65_HS1-834228961_62-HQ-83894_Section_7
Agency: FBI
Page 96
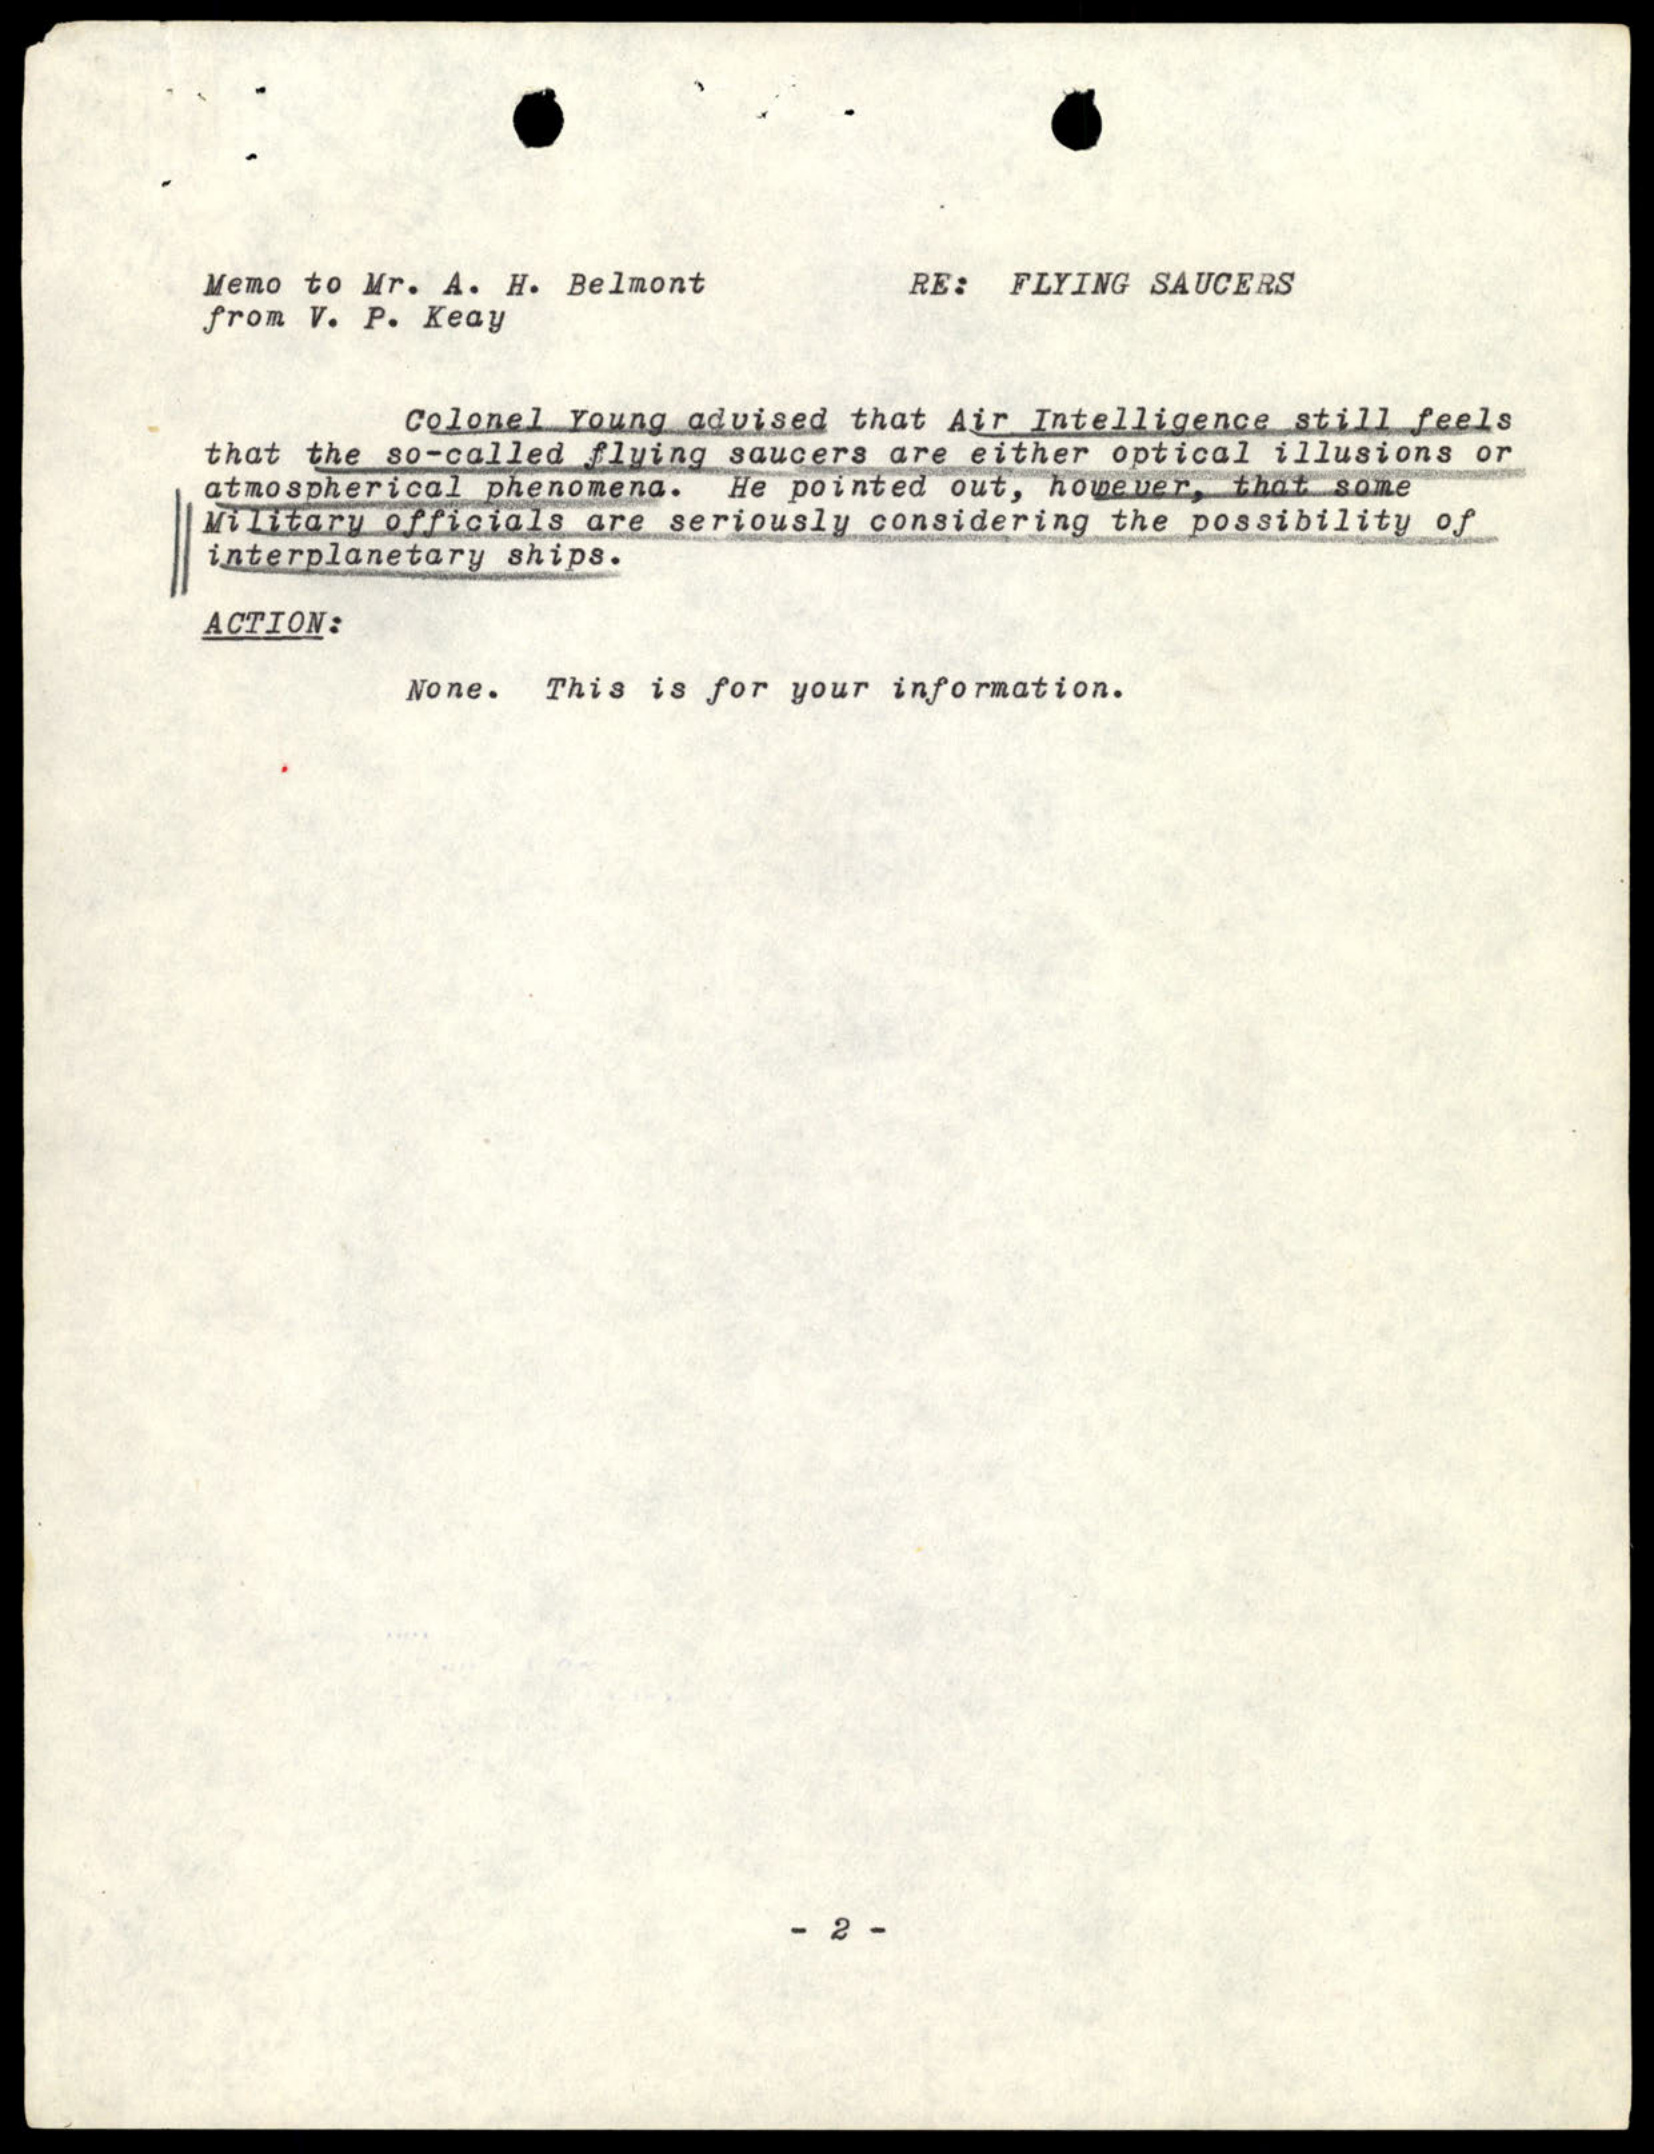